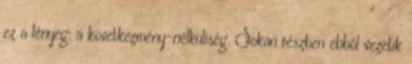
ez a lényeg: a következmény-nélküliség. Sokan részben ebből vezetik